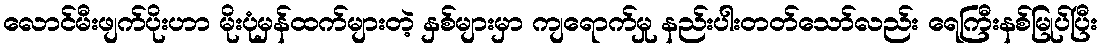
လောင်မီးဖျက်ပိုးဟာ မိုးပုံမှန်ထက်များတဲ့ နှစ်များမှာ ကျရောက်မှု နည်းပါးတတ်သော်လည်း ရေကြီးနစ်မြုပ်ပြီး